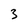
Character: 3